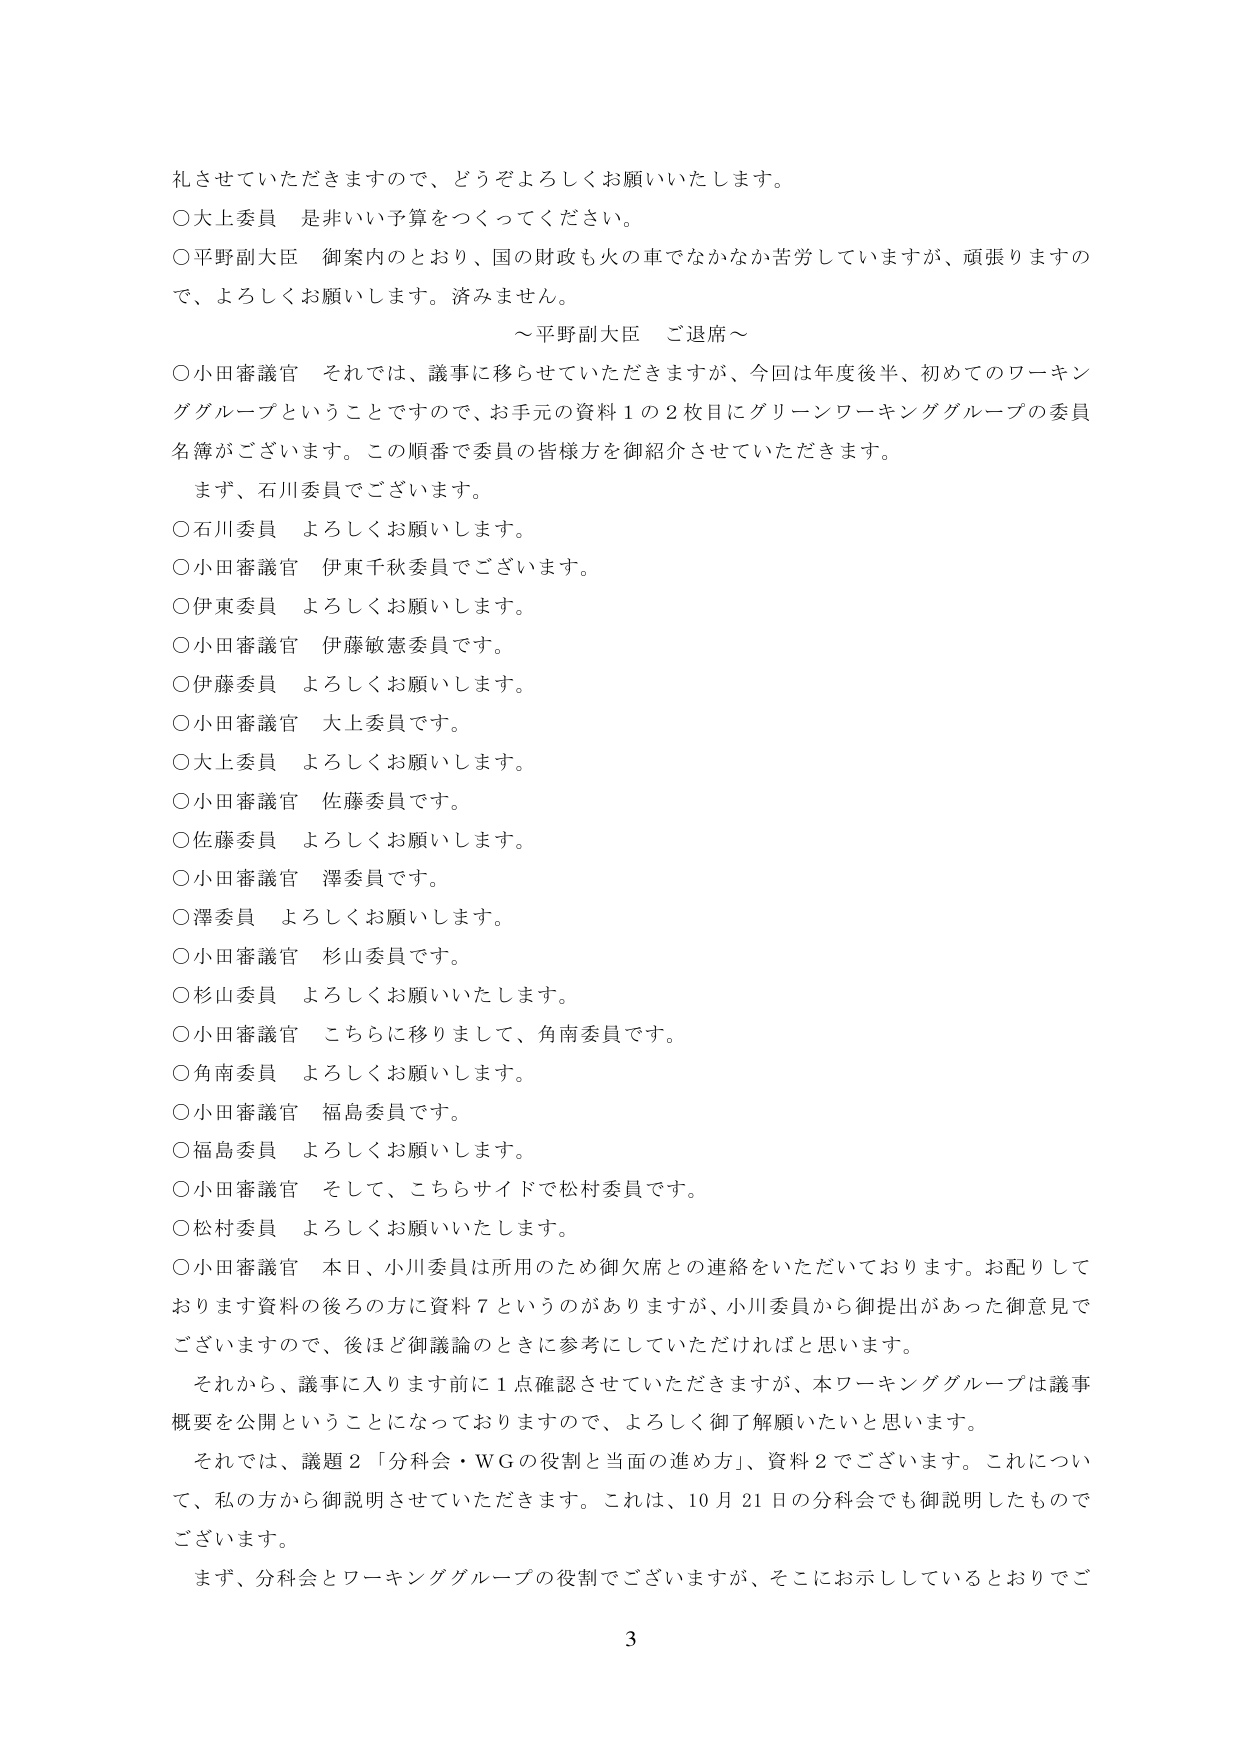
礼させていただきますので、どうぞよろしくお願いいたします。

○大上委員　是非いい予算をつくってください。

○平野副大臣　御案内のとおり、国の財政も火の車でなかなか苦労していますが、頑張りますので、よろしくお願いします。済みません。

～平野副大臣　ご退席～

○小田審議官　それでは、議事に移らせていただきますが、今回は年度後半、初めてのワーキンググループということで、お手元の資料１の２枚目にグリーンワーキンググループの委員名簿がございます。この順番で委員の皆様方を御紹介させていただきます。

　まず、石川委員でございます。

○石川委員　よろしくお願いします。

○小田審議官　伊東千秋委員でございます。

○伊東委員　よろしくお願いします。

○小田審議官　伊藤敏憲委員です。

○伊藤委員　よろしくお願いします。

○小田審議官　大上委員です。

○大上委員　よろしくお願いします。

○小田審議官　佐藤委員です。

○佐藤委員　よろしくお願いします。

○小田審議官　澤委員です。

○澤委員　よろしくお願いします。

○小田審議官　杉山委員です。

○杉山委員　よろしくお願いいたします。

○小田審議官　こちらに移りまして、角南委員です。

○角南委員　よろしくお願いします。

○小田審議官　福島委員です。

○福島委員　よろしくお願いします。

○小田審議官　そして、こちらサイドで松村委員です。

○松村委員　よろしくお願いいたします。

○小田審議官　本日、小川委員は所用のため御欠席との連絡をいただいております。お配りしております資料の後ろの方に資料７というのがありますが、小川委員から御提出があった御意見でございますので、後ほど御議論のときに参考にしていただければと思います。

　それから、議事に入ります前に１点確認させていただきますが、本ワーキンググループは議事概要を公開ということになっておりますので、よろしく御了解願いたいと思います。

　それでは、議題２「分科会・WGの役割と当面の進め方」、資料２でございます。これについて、私の方から御説明させていただきます。これは、10月21日の分科会でも御説明したものでございます。

　まず、分科会とワーキンググループの役割でございますが、そこにお示ししているとおりでご

3